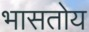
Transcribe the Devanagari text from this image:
भासतोय